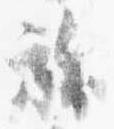
襖